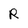
Character: R